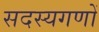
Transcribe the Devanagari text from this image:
सदस्यगणों